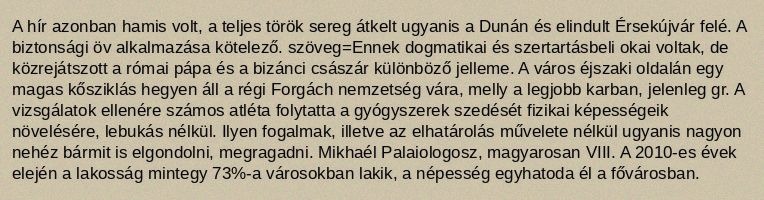
A hír azonban hamis volt, a teljes török sereg átkelt ugyanis a Dunán és elindult Érsekújvár felé. A biztonsági öv alkalmazása kötelező. szöveg=Ennek dogmatikai és szertartásbeli okai voltak, de közrejátszott a római pápa és a bizánci császár különböző jelleme. A város éjszaki oldalán egy magas kősziklás hegyen áll a régi Forgách nemzetség vára, melly a legjobb karban, jelenleg gr. A vizsgálatok ellenére számos atléta folytatta a gyógyszerek szedését fizikai képességeik növelésére, lebukás nélkül. Ilyen fogalmak, illetve az elhatárolás művelete nélkül ugyanis nagyon nehéz bármit is elgondolni, megragadni. Mikhaél Palaiologosz, magyarosan VIII. A 2010-es évek elején a lakosság mintegy 73%-a városokban lakik, a népesség egyhatoda él a fővárosban.